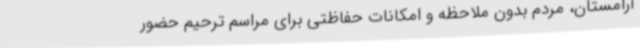
آرامستان، مردم بدون ملاحظه و امکانات حفاظتی برای مراسم ترحیم حضور